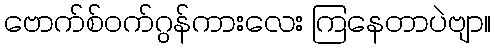
ဗောက်စ်ဝက်ဂွန်ကားလေး ကြနေတာပဲဗျာ။